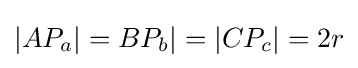
|AP_{a}|=BP_{b}|=|CP_{c}|=2r